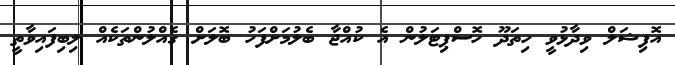
އޮފިޝަލް ވިދާޅުވީ ހިތަދޫ ހޮސްޕިޓަލުން އެ ކުއްޖާ ބެލުމަށްފަހު ބޮލަށް ގެއްލުންތަކެއް ލިބިފައިވާތީ